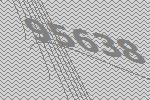
95638